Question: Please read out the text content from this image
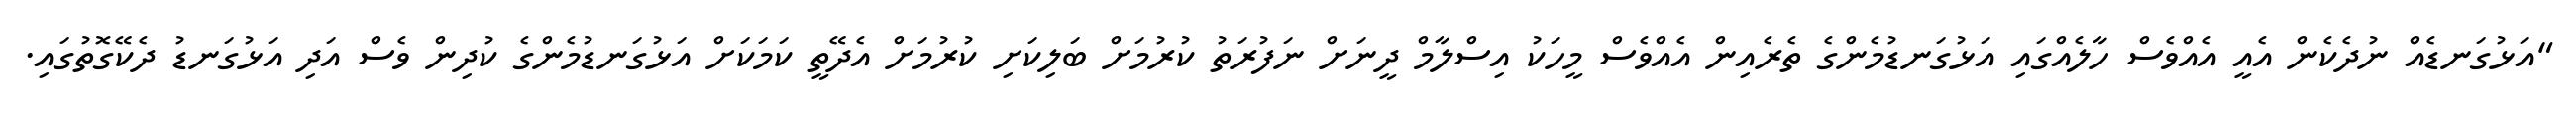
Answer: "އަޅުގަނޑެއް ނުދެކެން އެއީ އެއްވެސް ހާލެއްގައި އަޅުގަނޑުމެންގެ ތެރެއިން އެއްވެސް މީހަކު އިސްލާމް ދީނަށް ނަފުރަތު ކުރުމަށް ބަލިކަށި ކުރުމަށް އެދޭތީ ކަމަކަށް އަޅުގަނޑުމެންގެ ކުދިން ވެސް އަދި އަޅުގަނޑު ދެކޭގޮތުގައި.